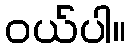
ဝယ်ပါ။